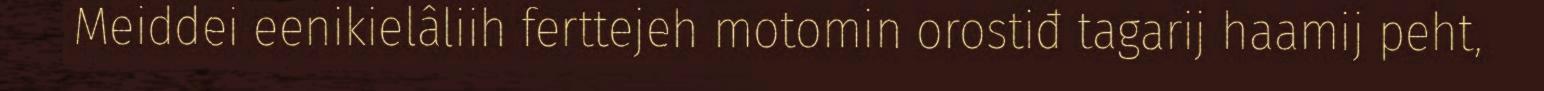
Meiddei eenikielâliih ferttejeh motomin orostiđ tagarij haamij peht,